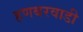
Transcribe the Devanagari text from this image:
हणबरवाडी